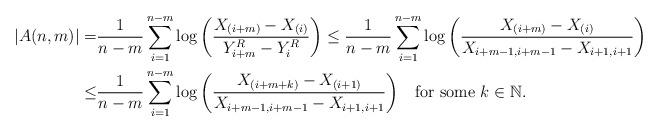
LaTeX: \begin{align*}\left|A(n,m)\right|=&\frac{1}{n-m}\sum_{i=1}^{n-m}\log\left(\frac{X_{(i+m)}-X_{(i)}}{Y^R_{i+m}-Y^R_{i}}\right)\leq\frac{1}{n-m}\sum_{i=1}^{n-m}\log\left(\frac{X_{(i+m)}-X_{(i)}}{X_{i+m-1,i+m-1}-X_{i+1,i+1}}\right)\\\leq& \frac{1}{n-m}\sum_{i=1}^{n-m}\log\left(\frac{X_{(i+m+k)}-X_{(i+1)}}{X_{i+m-1,i+m-1}-X_{i+1,i+1}}\right)\;\;\;\mbox{for some $k \in {\mathbb N}$}.\\\end{align*}